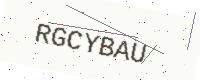
Text: RGCYBAU